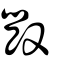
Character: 毀